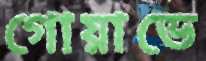
গোয়াভে